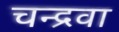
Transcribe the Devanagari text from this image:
चन्द्रवा